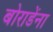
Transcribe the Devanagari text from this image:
बोराडेंना